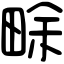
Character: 畭